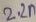
Text: 2.2n